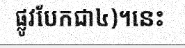
ផ្លូវបែកជា៤)។នេះ